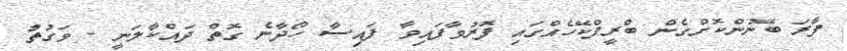
ފާރަ ބޭނުންކޮށްގެން ބްރީފްކޭހެއްގައި ފޮރުވާފައިވާ ފައިސާ ހޯދާނެ ގޮތް ދައްކާލަނީ - ވަގުތު